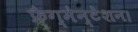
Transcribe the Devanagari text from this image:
फ्रैग्मेन्टेशन।